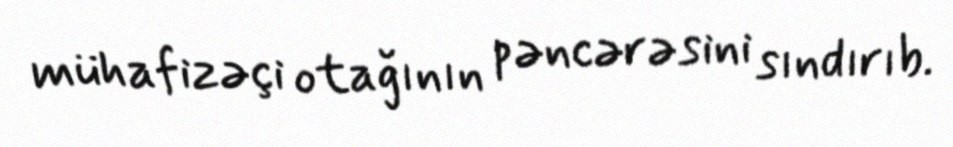
mühafizəçi otağının pəncərəsini sındırıb.